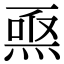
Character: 𤊅